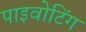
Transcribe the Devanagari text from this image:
पाइवोटिंग